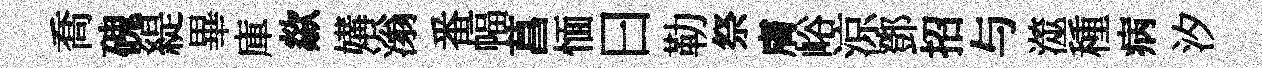
喬磈緹畢庫歘媾滃番幅菖愐曰勒祭膚峪涼鄧招与澨種病汐